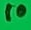
Text: 10